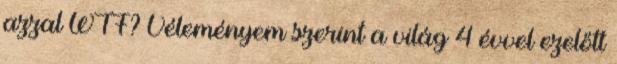
azzal WTF? Véleményem szerint a világ 4 évvel ezelőtt